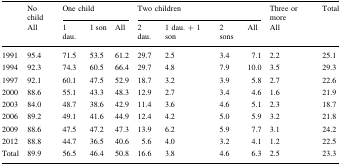
<table><thead><tr><td rowspan="2"></td><td><b>No child</b></td><td colspan="3"><b>One child</b></td><td colspan="4"><b>Two children</b></td><td><b>Three or more</b></td><td rowspan="2"><b>Total</b></td></tr><tr><td><b>All</b></td><td><b>1 dau.</b></td><td><b>1 son</b></td><td><b>All</b></td><td><b>2 dau.</b></td><td><b>1 dau. + 1 son</b></td><td><b>2 sons</b></td><td><b>All</b></td><td><b>All</b></td></tr></thead><tbody><tr><td>1991</td><td>95.4</td><td>71.5</td><td>53.5</td><td>61.2</td><td>29.7</td><td>2.5</td><td>3.4</td><td>7.1</td><td>2.2</td><td>25.1</td></tr><tr><td>1994</td><td>92.3</td><td>74.3</td><td>60.5</td><td>66.4</td><td>29.7</td><td>4.8</td><td>7.9</td><td>10.0</td><td>3.5</td><td>29.3</td></tr><tr><td>1997</td><td>92.1</td><td>60.1</td><td>47.5</td><td>52.9</td><td>18.7</td><td>3.2</td><td>3.9</td><td>5.8</td><td>2.7</td><td>22.6</td></tr><tr><td>2000</td><td>88.6</td><td>55.1</td><td>43.3</td><td>48.3</td><td>12.9</td><td>2.7</td><td>3.4</td><td>4.6</td><td>1.6</td><td>21.9</td></tr><tr><td>2003</td><td>84.0</td><td>48.7</td><td>38.6</td><td>42.9</td><td>11.4</td><td>3.6</td><td>4.6</td><td>5.1</td><td>2.3</td><td>18.7</td></tr><tr><td>2006</td><td>89.2</td><td>49.1</td><td>41.6</td><td>44.9</td><td>12.4</td><td>4.2</td><td>5.0</td><td>5.9</td><td>3.2</td><td>21.8</td></tr><tr><td>2009</td><td>88.6</td><td>47.5</td><td>47.2</td><td>47.3</td><td>13.9</td><td>6.2</td><td>5.9</td><td>7.7</td><td>3.1</td><td>24.2</td></tr><tr><td>2012</td><td>88.8</td><td>44.7</td><td>36.5</td><td>40.6</td><td>5.6</td><td>4.0</td><td>3.2</td><td>4.1</td><td>1.2</td><td>22.5</td></tr><tr><td>Total</td><td>89.9</td><td>56.5</td><td>46.4</td><td>50.8</td><td>16.6</td><td>3.8</td><td>4.6</td><td>6.3</td><td>2.5</td><td>23.3</td></tr></tbody></table>